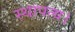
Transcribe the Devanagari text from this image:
स्थापत्य।